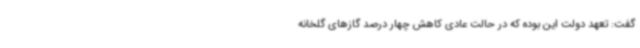
گفت: تعهد دولت این بوده که در حالت عادی کاهش چهار درصد گازهای گلخانه